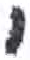
אות: י